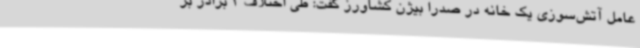
عامل آتش‌سوزی یک خانه در صدرا بیژن کشاورز گفت: طی اختلاف 2 برادر بر